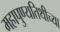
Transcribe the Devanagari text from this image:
महापुण्यतिथीच्या